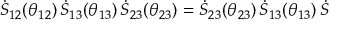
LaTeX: \dot { S } _ { 1 2 } ( \theta _ { 1 2 } ) \, \dot { S } _ { 1 3 } ( \theta _ { 1 3 } ) \, \dot { S } _ { 2 3 } ( \theta _ { 2 3 } ) = \dot { S } _ { 2 3 } ( \theta _ { 2 3 } ) \, \dot { S } _ { 1 3 } ( \theta _ { 1 3 } ) \, \dot { S }